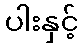
ပါးနှင့်